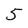
Character: 5